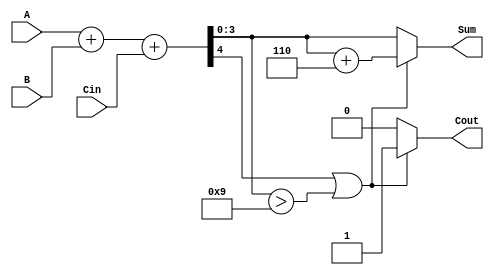
module BCD_Parallel_Adder (
    input  wire [3:0] A,     // First BCD digit
    input  wire [3:0] B,     // Second BCD digit
    input  wire Cin,         // Carry-in bit
    output reg  [3:0] Sum,   // Resulting BCD digit
    output reg  Cout         // Carry-out bit
);

    // Intermediate wires
    wire [4:0] S;            // 5-bit sum to handle overflow
    wire is_greater_than_9;  // Flag for BCD correction

    // Binary addition
    assign S = A + B + Cin;

    // Check if the sum is greater than 9
    assign is_greater_than_9 = (S[4] == 1) || (S[3:0] > 4'b1001);

    always @(*) begin
        if (is_greater_than_9) begin
            Sum = S[3:0] + 4'b0110; // Add 6 for correction
            Cout = 1;                // Set carry-out
        end else begin
            Sum = S[3:0];            // No correction needed
            Cout = 0;                // No carry-out
        end
    end

endmodule